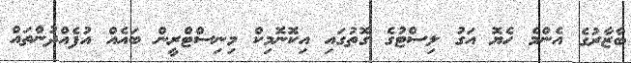
ބާޒާރުގެ އެންމެ ހެޔޮ އަގު ލިސްޓުގެ ގޮތުގައި އިކޮނޮމިކް މިނިސްޓްރީން ބައެއް އުފެއްދުންތައް